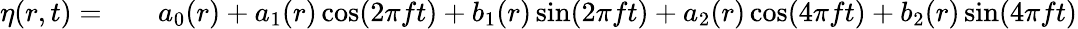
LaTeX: \begin{array}{rlr}{\eta(r,t)=}&{{}}&{a_{0}(r)+a_{1}(r)\cos(2\pi ft)+b_{1}(r)\sin(2\pi ft)+a_{2}(r)\cos(4\pi ft)+b_{2}(r)\sin(4\pi ft)}\end{array}